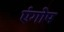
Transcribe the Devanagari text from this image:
एंगोप